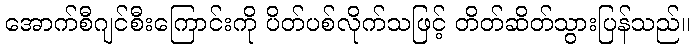
အောက်စီဂျင်စီးကြောင်းကို ပိတ်ပစ်လိုက်သဖြင့် တိတ်ဆိတ်သွားပြန်သည်။